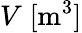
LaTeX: V\; [\textrm{m}^{3}]